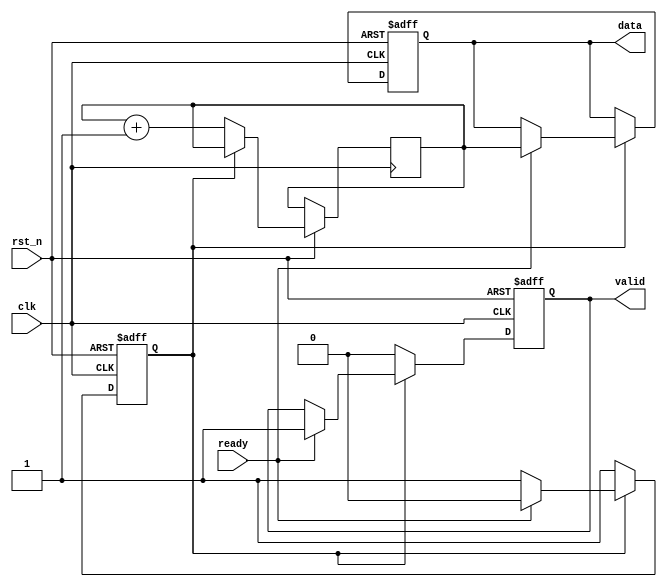
module valid_ready_handshake #(
    parameter DATA_WIDTH = 8
)(
    input wire clk,
    input wire rst_n,              // Active low reset
    output reg valid,              // Valid signal from producer
    input wire ready,              // Ready signal from consumer
    output reg [DATA_WIDTH-1:0] data // Data bus
);

    // State registers
    reg [DATA_WIDTH-1:0] data_buffer; // Buffer to hold the data
    reg data_available;                // Flag to indicate new data is available

    // Produce data logic
    always @(posedge clk or negedge rst_n) begin
        if (!rst_n) begin
            valid <= 1'b0;             // De-assert valid on reset
            data <= {DATA_WIDTH{1'b0}}; // Clear data on reset
            data_available <= 1'b0;     // No data available
        end else begin
            if (data_available) begin
                if (ready) begin
                    valid <= 1'b1;       // Assert valid if ready to receive
                    data <= data_buffer; // Send the buffered data
                    data_available <= 1'b0; // Clear the data available flag
                end
            end else begin
                valid <= 1'b0; // De-assert valid if no data is available
            end

            // Logic to produce new data
            // This is just an example; in real scenarios, this could come from other logic or a counter
            if (!data_available) begin
                // Normally you would have some condition here to assign data
                // For example, if there's a counter or input from another source
                data_buffer <= data_buffer + 1; // Example new data generation
                data_available <= 1'b1;          // Indicate that new data is available
            end
        end
    end

endmodule